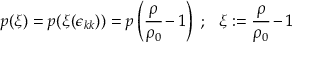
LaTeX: p ( \xi ) = p ( \xi ( \epsilon _ { k k } ) ) = p \left( { \cfrac { \rho } { \rho _ { 0 } } } - 1 \right) ~ ; ~ ~ \xi : = { \cfrac { \rho } { \rho _ { 0 } } } - 1